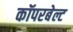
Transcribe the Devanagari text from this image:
कॉपरबेल्ट